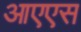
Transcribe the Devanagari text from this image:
आएएस